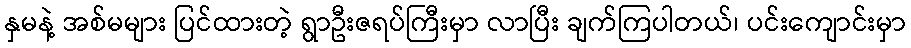
နှမနဲ့ အစ်မများ ပြင်ထားတဲ့ ရွာဦးဇရပ်ကြီးမှာ လာပြီး ချက်ကြပါတယ်၊ ပင်းကျောင်းမှာ